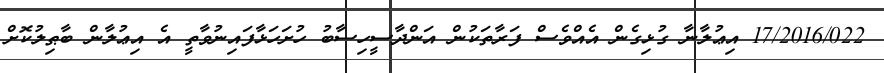
17/2016/022 އިޢުލާނާ ގުޅިގެން އެއްވެސް ފަރާތަކުން އަންދާސީހިސާބު ހުށަހަޅާފައިނުވާތީ އެ އިޢުލާން ބާޠިލުކޮށް